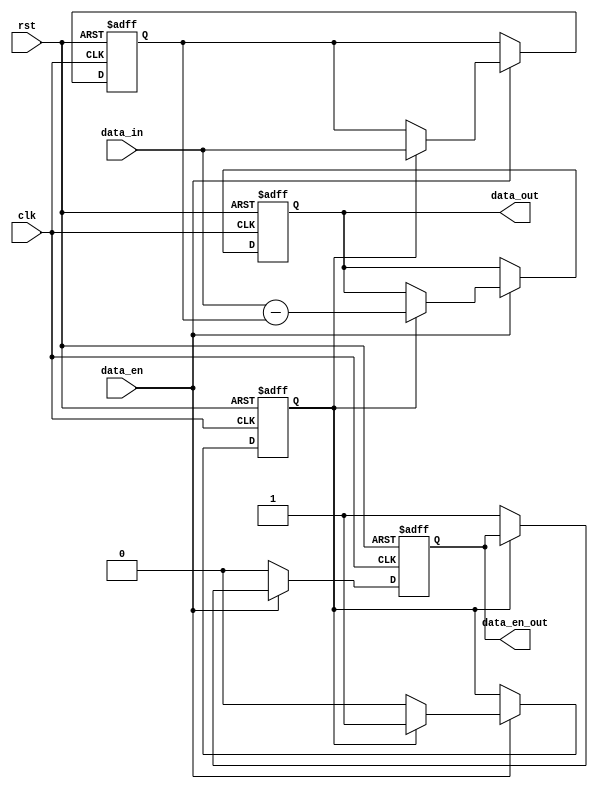
module derivative #(parameter MSB = 31)
   (
    input	   clk,
    input	   rst,
    input [MSB:0]  data_in,
    input	   data_en,
    output [MSB:0] data_out,
    output	   data_en_out
    );
   reg [MSB:0] past_value;
   reg	       past_value_valid;

   reg [MSB:0] out;
   reg	       en;
   assign data_out = out;
   assign data_en_out = en;

   task do_reset();
      begin
	 past_value <= 0;
	 past_value_valid <= 0;
	 out <= 0;
	 en <= 0;
      end
   endtask // do_reset

   task load_data();
      begin
	 if(past_value_valid) begin
	    out <= data_in - past_value;
	    past_value <= data_in;
	    past_value_valid <= 1;
	 end
	 else
	   en <= 1;
      end
   endtask // load_data

   task do_idle();
      en <= 0;
   endtask // do_idle

   always @(posedge clk or posedge rst) begin
      if(rst)
	do_reset();
      else
	if(data_en)
	  load_data();
	else
	  do_idle();
   end	   
endmodule // derivative